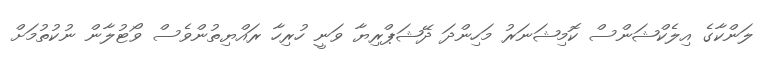
ލަންކާގެ އިލެކްޝަންސް ކޮމިޝަނަރު މަހިންދަ ދޭޝަޕްރިޔާ ވަނީ ހުރިހާ ރައްޔިތުންވެސް ވޯޓުލާން ނުކުތުމަށް